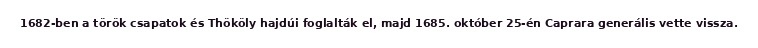
1682-ben a török csapatok és Thököly hajdúi foglalták el, majd 1685. október 25-én Caprara generális vette vissza.